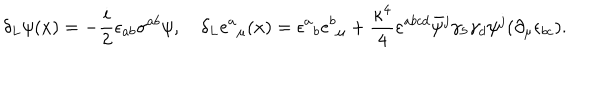
\delta _ { L } \psi ( x ) = - { \frac { i } { 2 } } \epsilon _ { a b } \sigma ^ { a b } \psi , \quad \delta _ { L } { e ^ { a } } _ { \mu } ( x ) = \epsilon { ^ a } _ { b } e { ^ b } _ { \mu } + { \frac { \kappa ^ { 4 } } { 4 } } \varepsilon ^ { a b c d } \bar { \psi } { ^ j } \gamma _ { 5 } \gamma _ { d } \psi { ^ j } ( \partial _ { \mu } \epsilon _ { b c } ) .